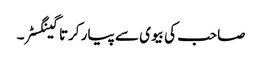
صاحب کی بیوی سے پیار کرتا گینگسٹر۔